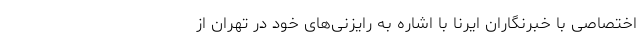
اختصاصی با خبرنگاران ایرنا با اشاره به رایزنی‌های خود در تهران از